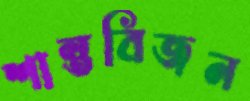
শান্তবিজন